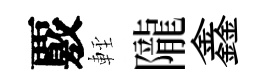
覈䡖隴鑫